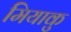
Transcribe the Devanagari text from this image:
मियाकु